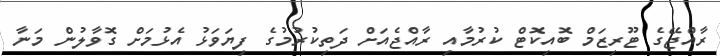
ރާއްޖޭގެ ޓޫރިޒަމް ބޮއިކޮޓް ކުރުމާއި ރާއްޖެއަށް ދަތިކުރުމުގެ ފިޔަވަޅު އެޅުމަށް ގޮވާލުން މަނާ